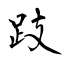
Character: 跂